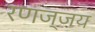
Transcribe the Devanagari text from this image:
रणज्जय